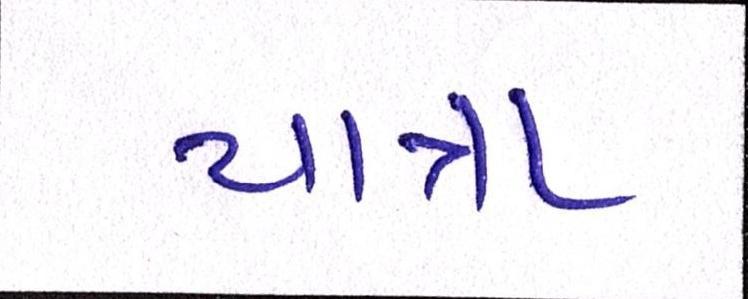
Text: યાત્રા